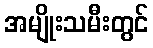
အမျိုးသမီးတွင်